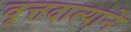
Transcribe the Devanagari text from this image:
वृत्तदात्याने